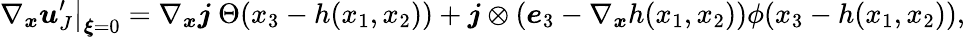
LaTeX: \nabla_{\boldsymbol{x}}\left.\boldsymbol{u}_{J}^{\prime}\right|_{\boldsymbol{\xi}=0}=\nabla_{\boldsymbol{x}}\boldsymbol{j}\ \Theta(x_{3}-h(x_{1},x_{2}))+\boldsymbol{j}\otimes\left(\boldsymbol{e}_{3}-\nabla_{\boldsymbol{x}}h(x_{1},x_{2})\right)\phi(x_{3}-h(x_{1},x_{2})),